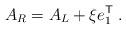
LaTeX: \begin{align*}A_R = A_L + \xi e_1^{\sf T} \;.\end{align*}